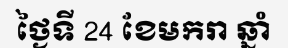
ថ្ងៃទី 24 ខែមករា ឆ្នាំ